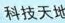
科技天地